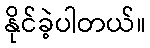
နိုင်ခဲ့ပါတယ်။